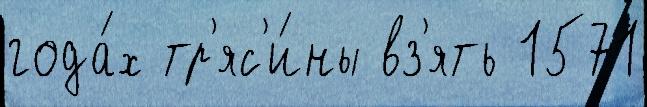
года́х тр'яс'и́ны вз'ять 1571